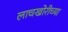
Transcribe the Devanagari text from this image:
लाचखोरीच्या